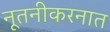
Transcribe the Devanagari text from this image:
नूतनीकरनात